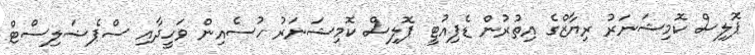
ޕޮލިސް ކޮމިޝަނަރު ރިޔާޒްގެ އިތުރުން ޑެޕިއުޓީ ޕޮލިސް ކޮމިޝަނަރު ހުސެއިން ވަހީދާއި ސްޕެޝަލިސްޓް